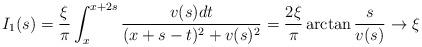
LaTeX: \begin{align*}I_1(s)=\frac{\xi}{\pi}\int_{x}^{x+2s}\frac{v(s)dt}{(x+s-t)^2+v(s)^2}=\frac{2\xi}{\pi}\arctan\frac{s}{v(s)}\to \xi\end{align*}